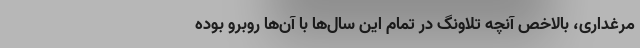
مرغداری، بالاخص آنچه تلاونگ در تمام این سال‌ها با آن‌ها روبرو بوده